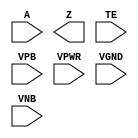
module sky130_fd_sc_hvl__einvp (
    //# {{data|Data Signals}}
    input  A   ,
    output Z   ,

    //# {{control|Control Signals}}
    input  TE  ,

    //# {{power|Power}}
    input  VPB ,
    input  VPWR,
    input  VGND,
    input  VNB
);
endmodule